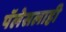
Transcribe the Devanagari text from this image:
पॅलेसलाही